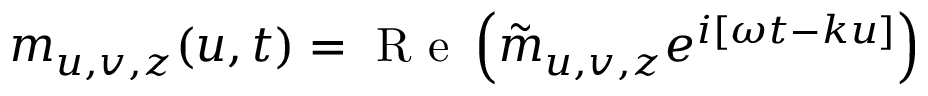
m _ { u , v , z } ( u , t ) = \textrm { R e } \left( \tilde { m } _ { u , v , z } e ^ { i [ \omega t - k u ] } \right)